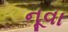
નૂવા